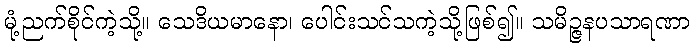
မုံ့ညက်စိုင်ကဲ့သို့။ သေဒိယမာနော၊ ပေါင်းသင်သကဲ့သို့ဖြစ်၍။ သမိဉ္ဇနပသာရဏာ